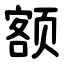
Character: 额